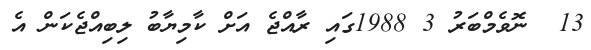
13  ނޮވެމްބަރު 3 1988ގައި ރާއްޖެ އަށް ކާމިޔާބު ލިބިއްޖެކަން އެ